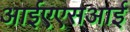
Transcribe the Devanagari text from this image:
आईएएसआई